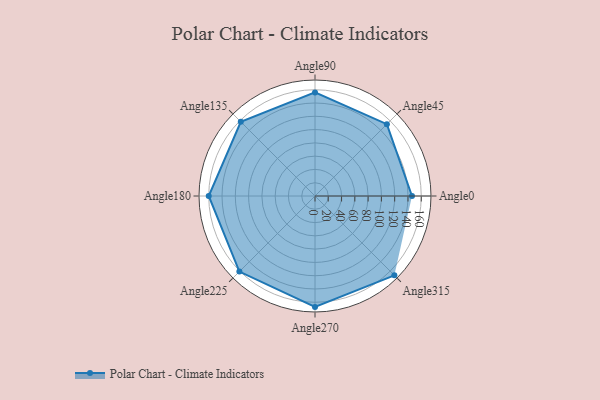
{"axis": {"x": "Angle", "y": "Radius"}, "legend": [""], "data": [{"x": "Angle0", "y": 146.0, "type": ""}, {"x": "Angle45", "y": 153.0, "type": ""}, {"x": "Angle90", "y": 156.0, "type": ""}, {"x": "Angle135", "y": 158.0, "type": ""}, {"x": "Angle180", "y": 160.0, "type": ""}, {"x": "Angle225", "y": 161.0, "type": ""}, {"x": "Angle270", "y": 167.0, "type": ""}, {"x": "Angle315", "y": 169.0, "type": ""}]}